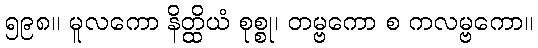
၅၉၈။ မူလကော နိတ္ထိယံ စုစ္စု၊ တမ္ဗကော စ ကလမ္ဗကော။